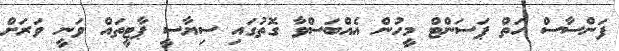
ފަންސާސް ހަތް ޕަސަންޓް މީހުން އެއްބަސްވާ ގޮތުގައި ސިޔާސީ ޕާޓީތައް ވަނީ ވަރަށް